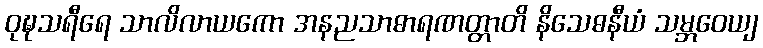
ဝုဍ္ဎသရီရေ သာလိလာယကော အနညသာဓာရဏတ္တာတိ နိသေဓနီယံ သမ္ဘဝေယျ